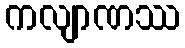
ကလျာဏဿ